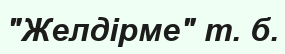
"Желдірме" т. б.